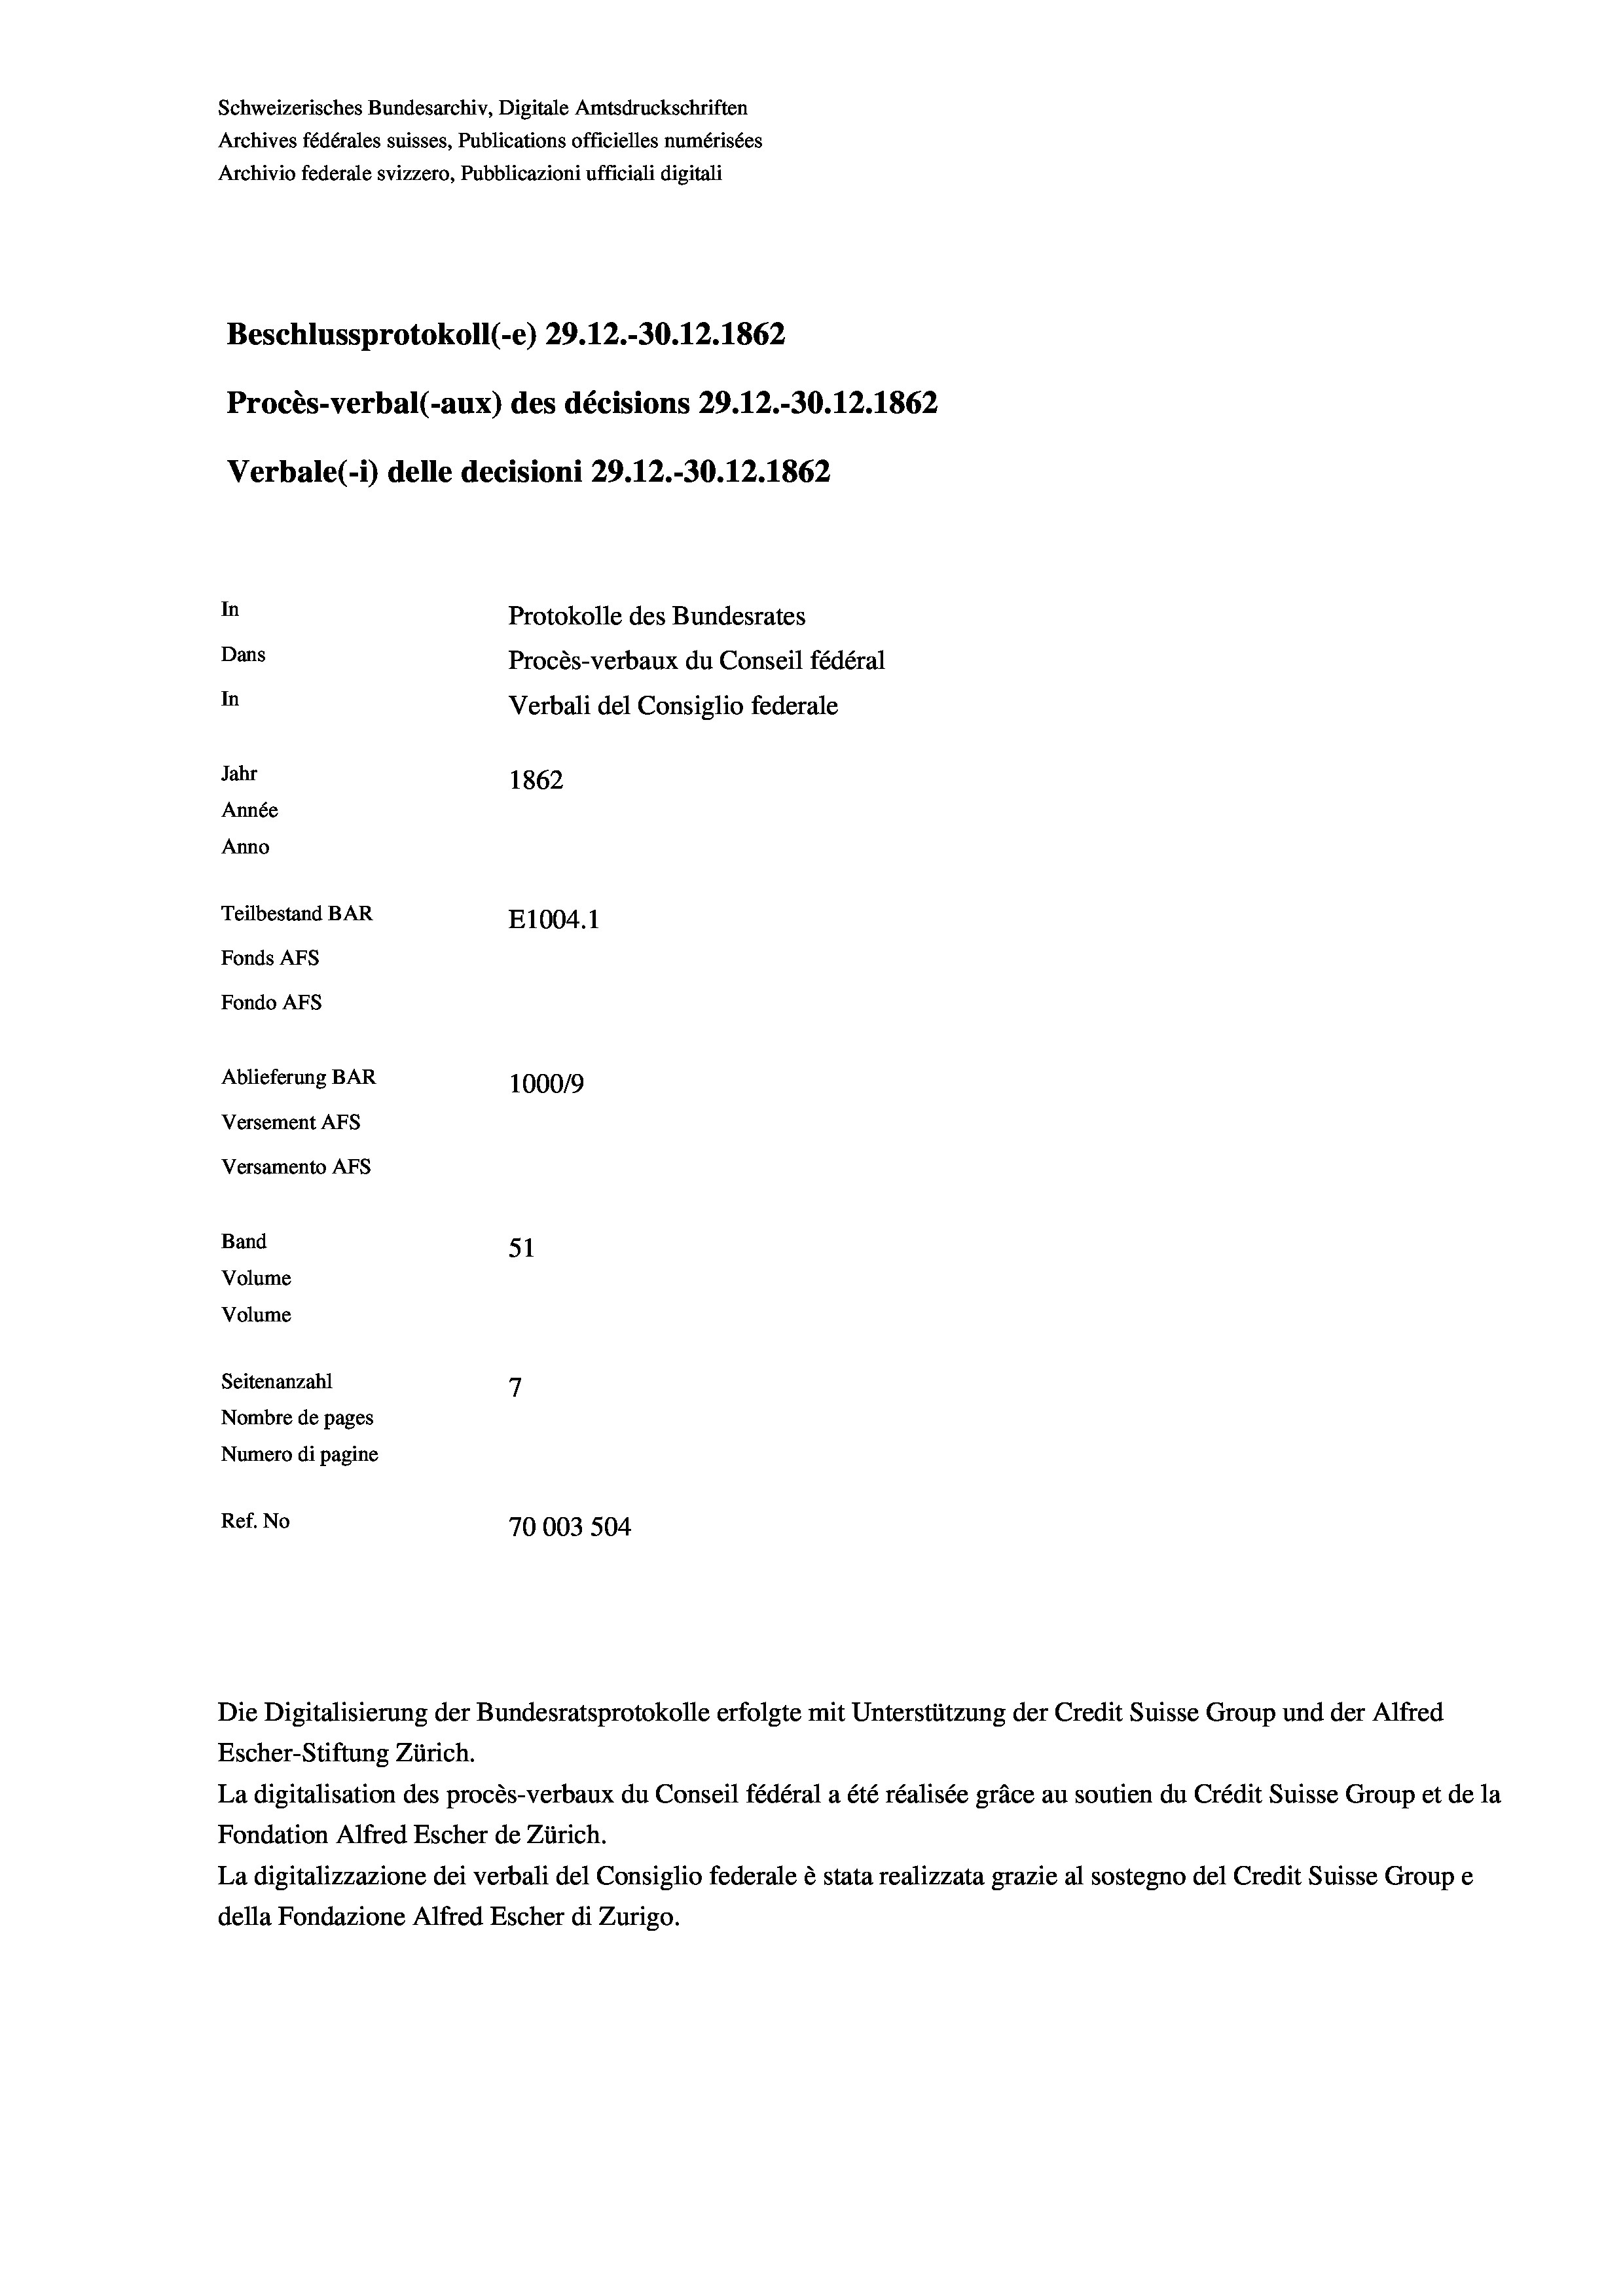
Schweizerisches Bundesarchiv, Digitale Amtsdruckschriften
Archives fédérales suisses, Publications officielles numérisées
Archivio federale svizzero, Pubblicazioni ufficiali digitali
Beschlussprotokoll (-e) 29. 12.-30.12.1862
Procès-verbal (-aux) des décisions 29.12.-30.12. 1862
Verbale (- 1) delle decisioni 29.12.-30.12.1862
In
Protokolle des Bundesrates
Dans
Procès-verbaux du Conseil fédéral
In
Verbali del Consiglio federale
Jahr
1862
Année
Anno
Teilbestand BAR
E1004. 1
Fonds AFs
Fondo AFs
Ablieferung BAR
100019
Versement As
Versamento AFs
Band
51
Volume
Volume
7
Seitenanzahl
Nombre de pages
Numero di pagine
Ref. No
70003 504

Die Digitalisierung der Bundesratsprotokolle erfolgte mit Unterstützung der Credit Suisse Group und der Alfred
Escher-Stiftung Zürich.
La digitalisation des procès-verbaux du Conseil fédéral a été réalisée gräce au soutien du Crédit Suisse Group et de la
Fondation Alfred Escher de Zürich.
La digitalizzazione dei verbali del Consiglio federale è stata realizzata grazie al sostegno del Credit Suisse Groupe
della Fondazione Alfred Escher di Zurigo.